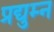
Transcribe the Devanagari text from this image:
प्रद्युम्‍न